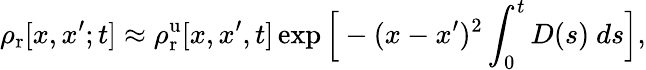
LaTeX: \rho_{\mathrm{r}}[x,x^{\prime};t]\approx\rho_{\mathrm{r}}^{\mathrm{u}}[x,x^{\prime},t]\exp{\Big[-(x-x^{\prime})^{2}\int_{0}^{t}D(s)~ds\Big]},